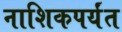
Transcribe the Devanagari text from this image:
नाशिकपर्यंत